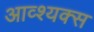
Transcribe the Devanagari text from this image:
आव्श्यक्स